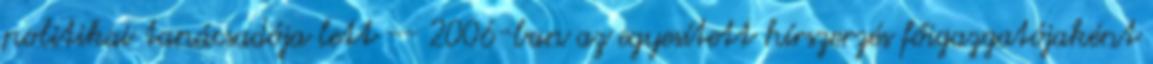
politikai tanácsadója lett -- 2006-ban az egyesített hírszerzés főigazgatójaként